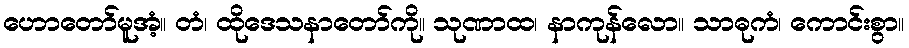
ဟောတော်မူအံ့။ တံ၊ ထိုဒေသနာတော်ကို။ သုဏာထ၊ နာကုန်လော။ သာဓုကံ၊ ကောင်းစွာ။